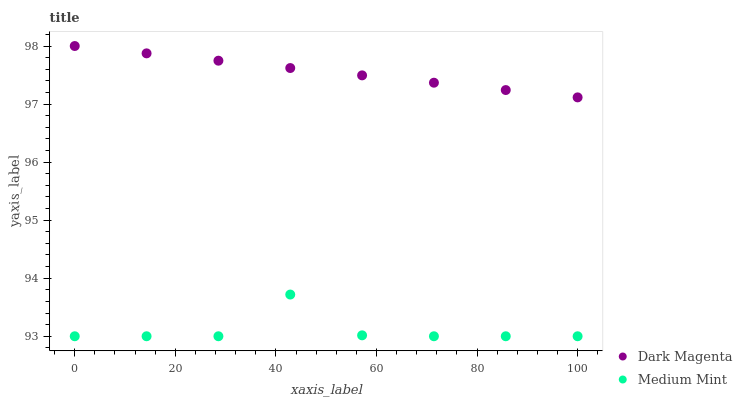
| xaxis_label | Dark Magenta | Medium Mint |
 | --- | --- | --- |
 | 0 | 98 | 93 |
 | 14.3 | 97.9 | 93 |
 | 28.6 | 97.7 | 93 |
 | 42.9 | 97.6 | 93.7 |
 | 57.1 | 97.5 | 93 |
 | 71.4 | 97.4 | 93 |
 | 85.7 | 97.2 | 93 |
 | 100 | 97.1 | 93 |